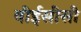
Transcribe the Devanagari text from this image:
वीईसीसी